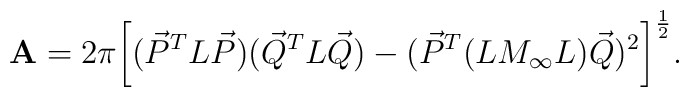
{\bf A}=2\pi \bigg[({\vec P}^TL{\vec P})({\vec Q}^TL{\vec Q})- ({\vec P}^T{(LM_{\infty}L)}{\vec Q})^2\bigg]^{1\over 2}.